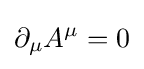
\partial _{\mu }A^{\mu }=0